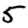
Digit: 5